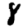
Digit: 8